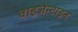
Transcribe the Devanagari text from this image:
वाइजेन्टाइन